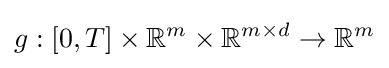
g:[0,T]\times \mathbb {R} ^{m}\times \mathbb {R} ^{m\times d}\to \mathbb {R} ^{m}